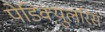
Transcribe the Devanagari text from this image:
पेडिक्युलरिस